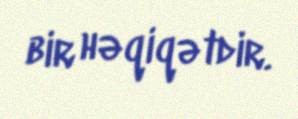
bir həqiqətdir.